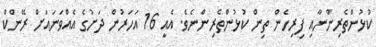
ކުޅުންތެރިންނާއި ފިރިހެން ތިން ކުޅުންތެރިންނެވެ. އެއީ 16 އަހަރުން ދަށުގެ އެއްވަނައަށް ރޭންކް